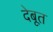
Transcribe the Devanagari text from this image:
देबूत